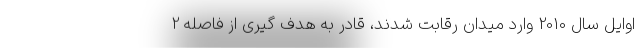
اوایل سال 2010 وارد میدان رقابت شدند، قادر به هدف گیری از فاصله 2